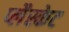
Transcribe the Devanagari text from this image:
प्लैस्केट